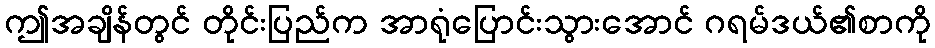
ဤအချိန်တွင် တိုင်းပြည်က အာရုံပြောင်းသွားအောင် ဂရမ်ဒယ်၏စာကို